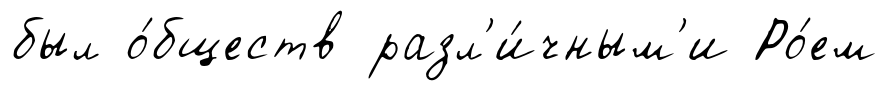
был о́бществ разл'и́чным'и Ро́ем